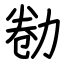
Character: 勌